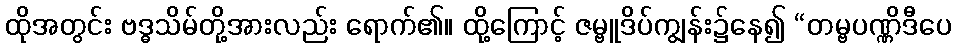
ထိုအတွင်း ဗဒ္ဓသိမ်တို့အားလည်း ရောက်၏။ ထို့ကြောင့် ဇမ္ဗူဒိပ်ကျွန်း၌နေ၍ “တမ္ဗပဏ္ဏိဒီပေ